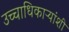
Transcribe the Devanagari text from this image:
उच्चाधिकाऱ्यांशी